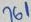
Text: 761